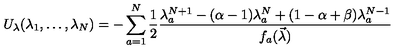
U _ { \lambda } ( \lambda _ { 1 } , \dots , \lambda _ { N } ) = - \sum _ { a = 1 } ^ { N } \frac { 1 } { 2 } \frac { \lambda _ { a } ^ { N + 1 } - ( \alpha - 1 ) \lambda _ { a } ^ { N } + ( 1 - \alpha + \beta ) \lambda _ { a } ^ { N - 1 } } { f _ { a } ( \vec { \lambda } ) }